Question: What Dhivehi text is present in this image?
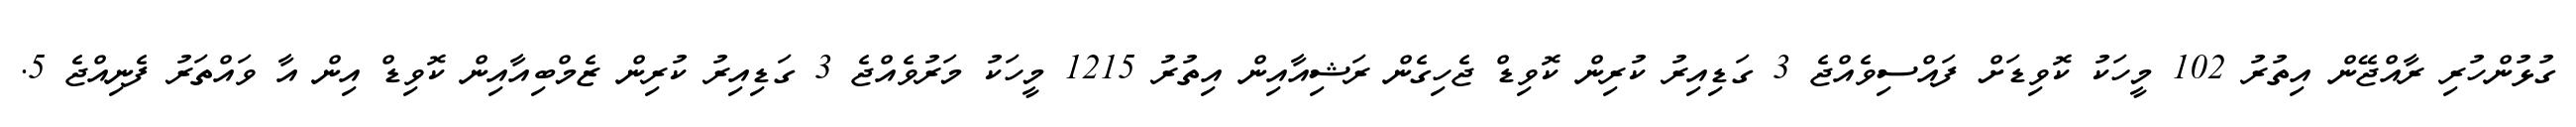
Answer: ގުޅުންހުރި ރާއްޖޭން އިތުރު 102 މީހަކު ކޮވިޑަށް ފައްސިވެއްޖެ 3 ގަޑިއިރު ކުރިން ކޮވިޑް ޖެހިގެން ރަޝިއާއިން އިތުރު 1215 މީހަކު މަރުވެއްޖެ 3 ގަޑިއިރު ކުރިން ޒެމްބިއާއިން ކޮވިޑް އިން އާ ވައްތަރު ފެނިއްޖެ 5.